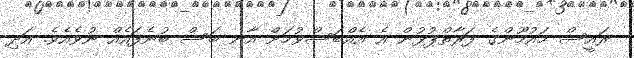
ރައީސް މައުމޫންގެ ފަރާތްޕުޅުން އެ އެއްބަސްވުމަށް އާނ ބަސް ބުނެފައެއް ނުވެއެވެ. އަދި